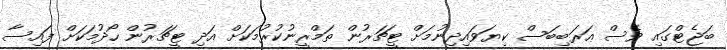
ބަޖެޓްގައި ވެސް ޢަރަބިބަސް ކިޔަވައިދިނުމަށް ޓީޗަރުން ތަމްރީނުކުރުމަކަށް އަދި ޓީޗަރުން ހޯދުމަކަށް ފައިސާ